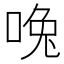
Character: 𰇳